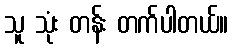
သူ သုံး တန်း တက်ပါတယ်။